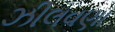
ઝીલવણા